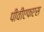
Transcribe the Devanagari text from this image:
पीवीएफएस